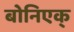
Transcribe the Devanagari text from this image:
बोनिएक्